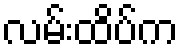
လမ်းထိပ်က